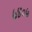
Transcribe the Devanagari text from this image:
७४०५